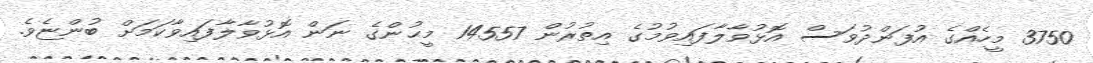
3750 މީހެއްގެ އުފަންދުވަސް އޮޅުވާލާފައިވުމުގެ އިތުރުން 14557 މީޙުންގެ ނަން އޮޅުވާލާފައިވާކަމަށް ބުންޏެވެ.